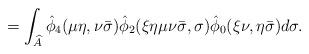
LaTeX: \begin{align*} =\int_{\widehat A}\hat\phi_4(\mu\eta,\nu\bar\sigma) \hat\phi_2(\xi\eta\mu\nu\bar\sigma,\sigma) \hat\phi_0(\xi\nu,\eta\bar\sigma)d\sigma.\end{align*}